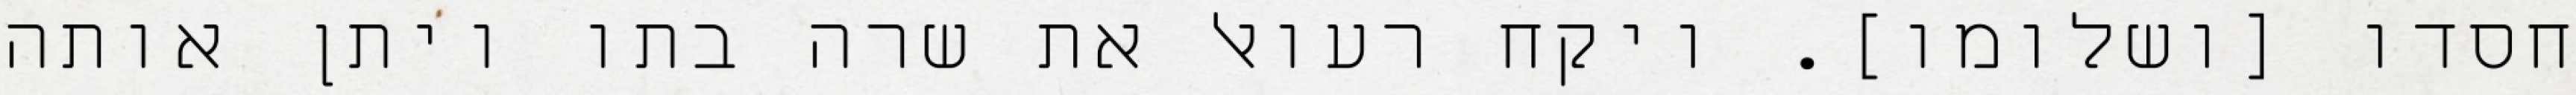
חסדו [ושלומו]. ויקח רעואל את שרה בתו ויתן אותה